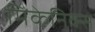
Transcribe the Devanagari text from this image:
मिकेनिक्स